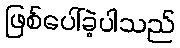
ဖြစ်ပေါ်ခဲ့ပါသည်